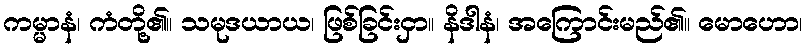
ကမ္မာနံ၊ ကံတို့၏။ သမုဒယာယ၊ ဖြစ်ခြင်းငှာ။ နိဒါနံ၊ အကြောင်းမည်၏။ မောဟော၊